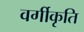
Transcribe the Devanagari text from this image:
वर्गीकृति